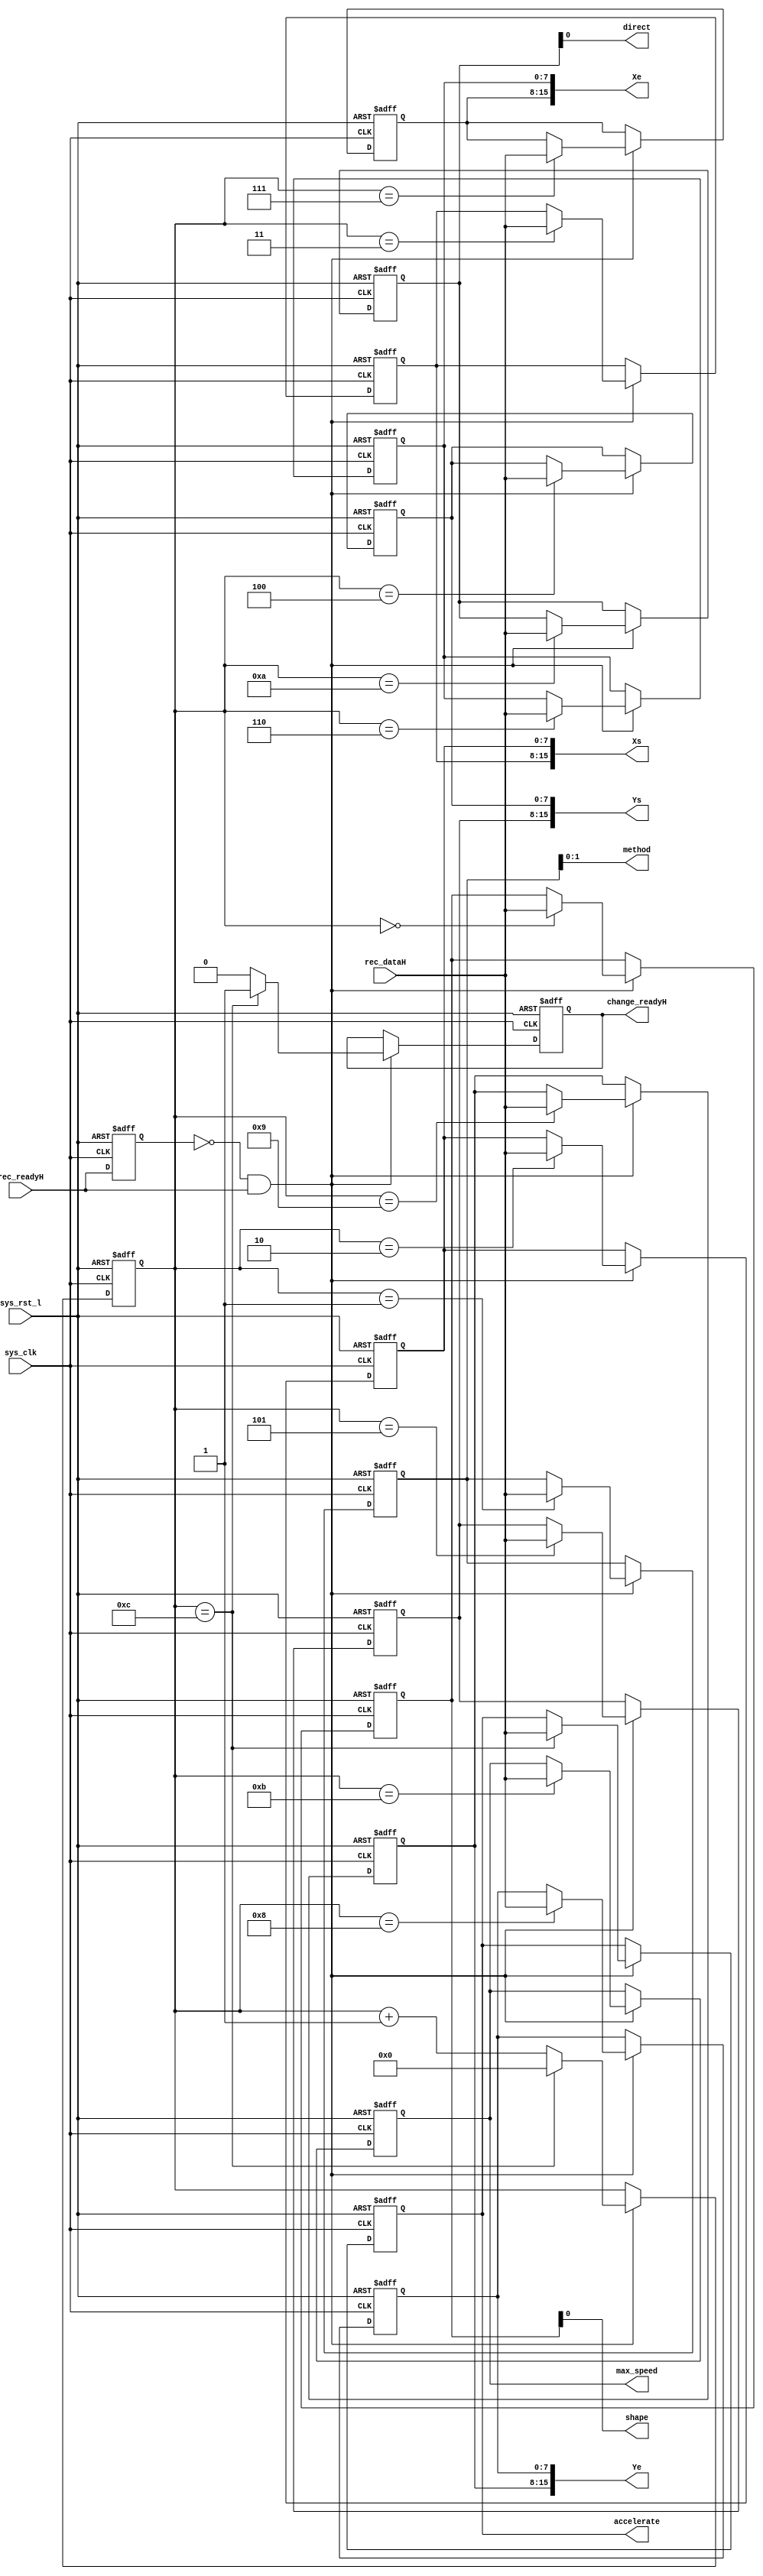

module u_change (// system connections
				sys_rst_l,
				sys_clk,

				// data input
				rec_dataH,
				
				// sync input
				rec_readyH,
				
				// data output
				shape,		//1bit
				method,		//2bits
				Xs,			//2Bytes
				Ys,			//2Bytes
				Xe,			//2Bytes
				Ye,			//2Bytes
				direct,		//1bit
				max_speed,	//1Byte
				accelerate,	//1Byte
				
				// sync output
				change_readyH

				);

parameter	TOTAL_BYTES = 13;

parameter	LO 		= 1'b0,
          	HI		= 1'b1;	

input			sys_clk;
input			sys_rst_l;	// async reset

input	[7:0]	rec_dataH;	// parallel received data
input			rec_readyH;	// when high,read a byte of new data

output			shape;
output	[1:0]	method;
output	[15:0] 	Xs;
output	[15:0] 	Ys;
output	[15:0] 	Xe;
output	[15:0] 	Ye;
output			direct;
output 	[7:0] 	max_speed;
output 	[7:0] 	accelerate;

output			change_readyH;


reg 	[7:0] 	rec_byte[TOTAL_BYTES-1:0];
reg 	[3:0] 	count;

reg				r_change_readyH;
reg				pre_rec_readyH;
//
//
//

assign	shape = rec_byte[0][0];
assign	method = rec_byte[1][1:0];
assign	Xs = {rec_byte[3],rec_byte[2]};
assign	Ys = {rec_byte[5],rec_byte[4]};
assign	Xe = {rec_byte[7],rec_byte[6]};
assign	Ye = {rec_byte[9],rec_byte[8]};
assign	direct = rec_byte[10][0];
assign	max_speed = rec_byte[11];
assign	accelerate = rec_byte[12];


/*
always @(posedge rec_readyH or negedge sys_rst_l )begin
	if(~sys_rst_l)begin
		count <= 0;
		change_readyH <= LO;
	end
	else begin
		if(count == (TOTAL_BYTES-1) )begin
			rec_byte[count] <= rec_dataH;			
			count <= 0;
			change_readyH <= HI;
		end
		else begin
			rec_byte[count] <= rec_dataH;
			count <= count + 1;
			change_readyH <= LO;
		end
	end
end
*/
assign change_readyH = r_change_readyH;

always @(posedge sys_clk or negedge sys_rst_l )begin
	if(~sys_rst_l)begin
		count <= 0;
		rec_byte[0] <= 0;rec_byte[1] <= 0;rec_byte[2] <= 0;rec_byte[3] <= 0;
		rec_byte[4] <= 0;rec_byte[5] <= 0;rec_byte[6] <= 0;rec_byte[7] <= 0;
		rec_byte[8] <= 0;rec_byte[9] <= 0;rec_byte[10] <= 0;rec_byte[11] <= 0;
		rec_byte[12] <= 0;	
		pre_rec_readyH <= LO;
		r_change_readyH <= LO;
	end
	else begin
		if((~pre_rec_readyH)&& rec_readyH ) begin
			if(count == 12)begin
				count <= 0;
				r_change_readyH <= HI;	
			end
			else begin
				count <= count + 4'b0001;
				r_change_readyH <= LO;
			end
		rec_byte[count] <= rec_dataH;
		end	
		pre_rec_readyH <= rec_readyH;
	end
end


endmodule